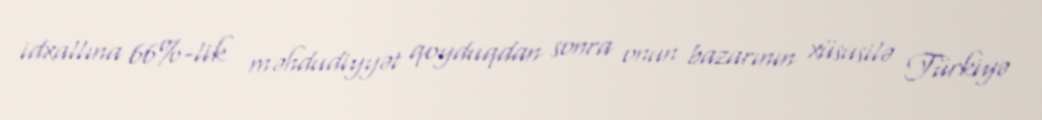
idxallına 66%-lik məhdudiyyət qoyduqdan sonra onun bazarının xüsusilə Türkiyə